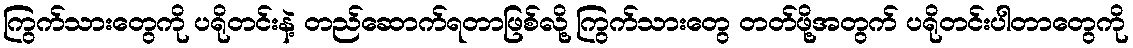
ကြွက်သားတွေကို ပရိုတင်းနဲ့ တည်ဆောက်ရတာဖြစ်လို့ ကြွက်သားတွေ တတ်ဖို့အတွက် ပရိုတင်းပါတာတွေကို